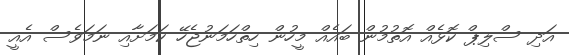
އަދި ސްލިޕް ކޮޅެއް އޮތުމުން ބައެއް މީހުން ހިތްހަމަނުޖެހޭ ކަމަށާއި ނަމަވެސް އެއީ